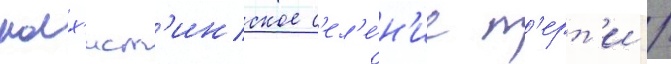
малх'ист'инское с'ел'е́н'ие т'ерт'и /